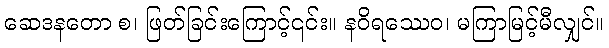
ဆေဒနတော စ၊ ဖြတ်ခြင်းကြောင့်၎င်း။ နဝိရဿေဝ၊ မကြာမြင့်မီလျှင်။